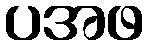
ပအဖ